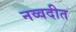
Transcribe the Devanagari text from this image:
नव्वदीत